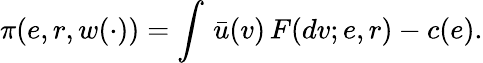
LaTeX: \pi(e,r,w(\cdot))=\int\, \bar{u}(v)\, F(dv;e,r)-c(e).